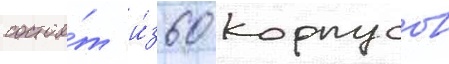
состои́т и́з 60 корпусов